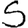
Digit: 5